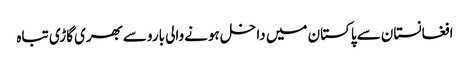
افغانستان سےپاکستان میں داخل ہونےوالی باروسےبھری گاڑی تباہ